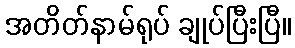
အတိတ်နာမ်ရုပ် ချုပ်ပြီးပြီ။